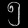
Digit: ၅